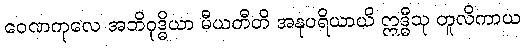
ဝေဏကုလေ အဘိဝုဒ္ဓိယာ မီယတီတိ အနုပရိယာယိ ဣဒ္ဓီသု တူလိကာယ